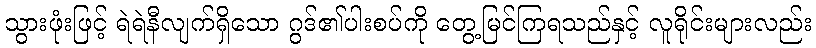
သွားဖုံးဖြင့် ရဲရဲနီလျက်ရှိသော ဂွဒ်၏ပါးစပ်ကို တွေ့မြင်ကြရသည်နှင့် လူရိုင်းများလည်း